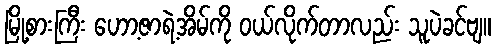
မြို့စားကြီး ဟော့ဇာရဲ့အိမ်ကို ဝယ်လိုက်တာလည်း သူပဲခင်ဗျ။